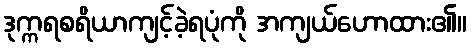
ဒုက္ကရစရိယာကျင့်ခဲ့ရပုံကို အကျယ်ဟောထား၏။